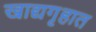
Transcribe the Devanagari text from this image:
खाद्यगृहात